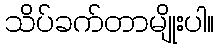
သိပ်ခက်တာမျိုးပါ။